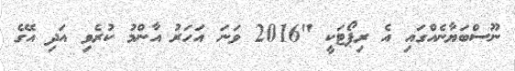
ނޫސްބަޔާނެއްގައި އެ ރިޕޯޓަކީ "2016 ވަނަ އަހަރު އާންމު ކުރެވި އަދި އޭގެ